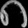
Digit: ၈